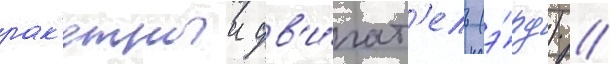
рак'етныи дв'и́гат'ель (э́рд) //